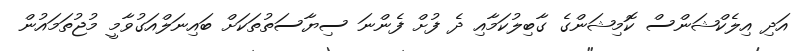
އަދި އިލެކްޝަންސް ކޮމިޝަންގެ ގާބިލުކަމާއި ދެ ފުށް ފެންނަ ސިޔާސަތުތަކަށް ބައިނަލްއަގުވާމީ މުޖުތަމައުން